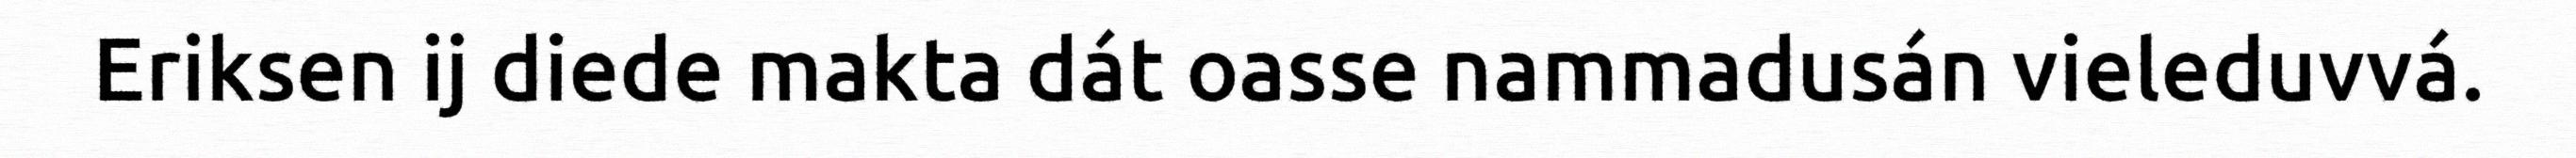
Eriksen ij diede makta dát oasse nammadusán vieleduvvá.